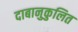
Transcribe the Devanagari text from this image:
दाबानुकुलित